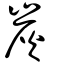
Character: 炭